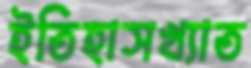
ইতিহাসখ্যাত